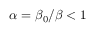
\alpha = \beta _ { 0 } / \beta < 1